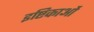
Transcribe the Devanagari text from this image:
इष्टिकाओं